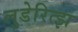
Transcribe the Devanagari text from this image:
लुडेरित्झ